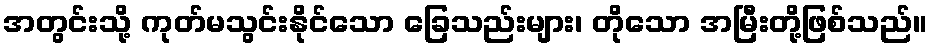
အတွင်းသို့ ကုတ်မသွင်းနိုင်သော ခြေသည်းများ၊ တိုသော အမြီးတို့ဖြစ်သည်။